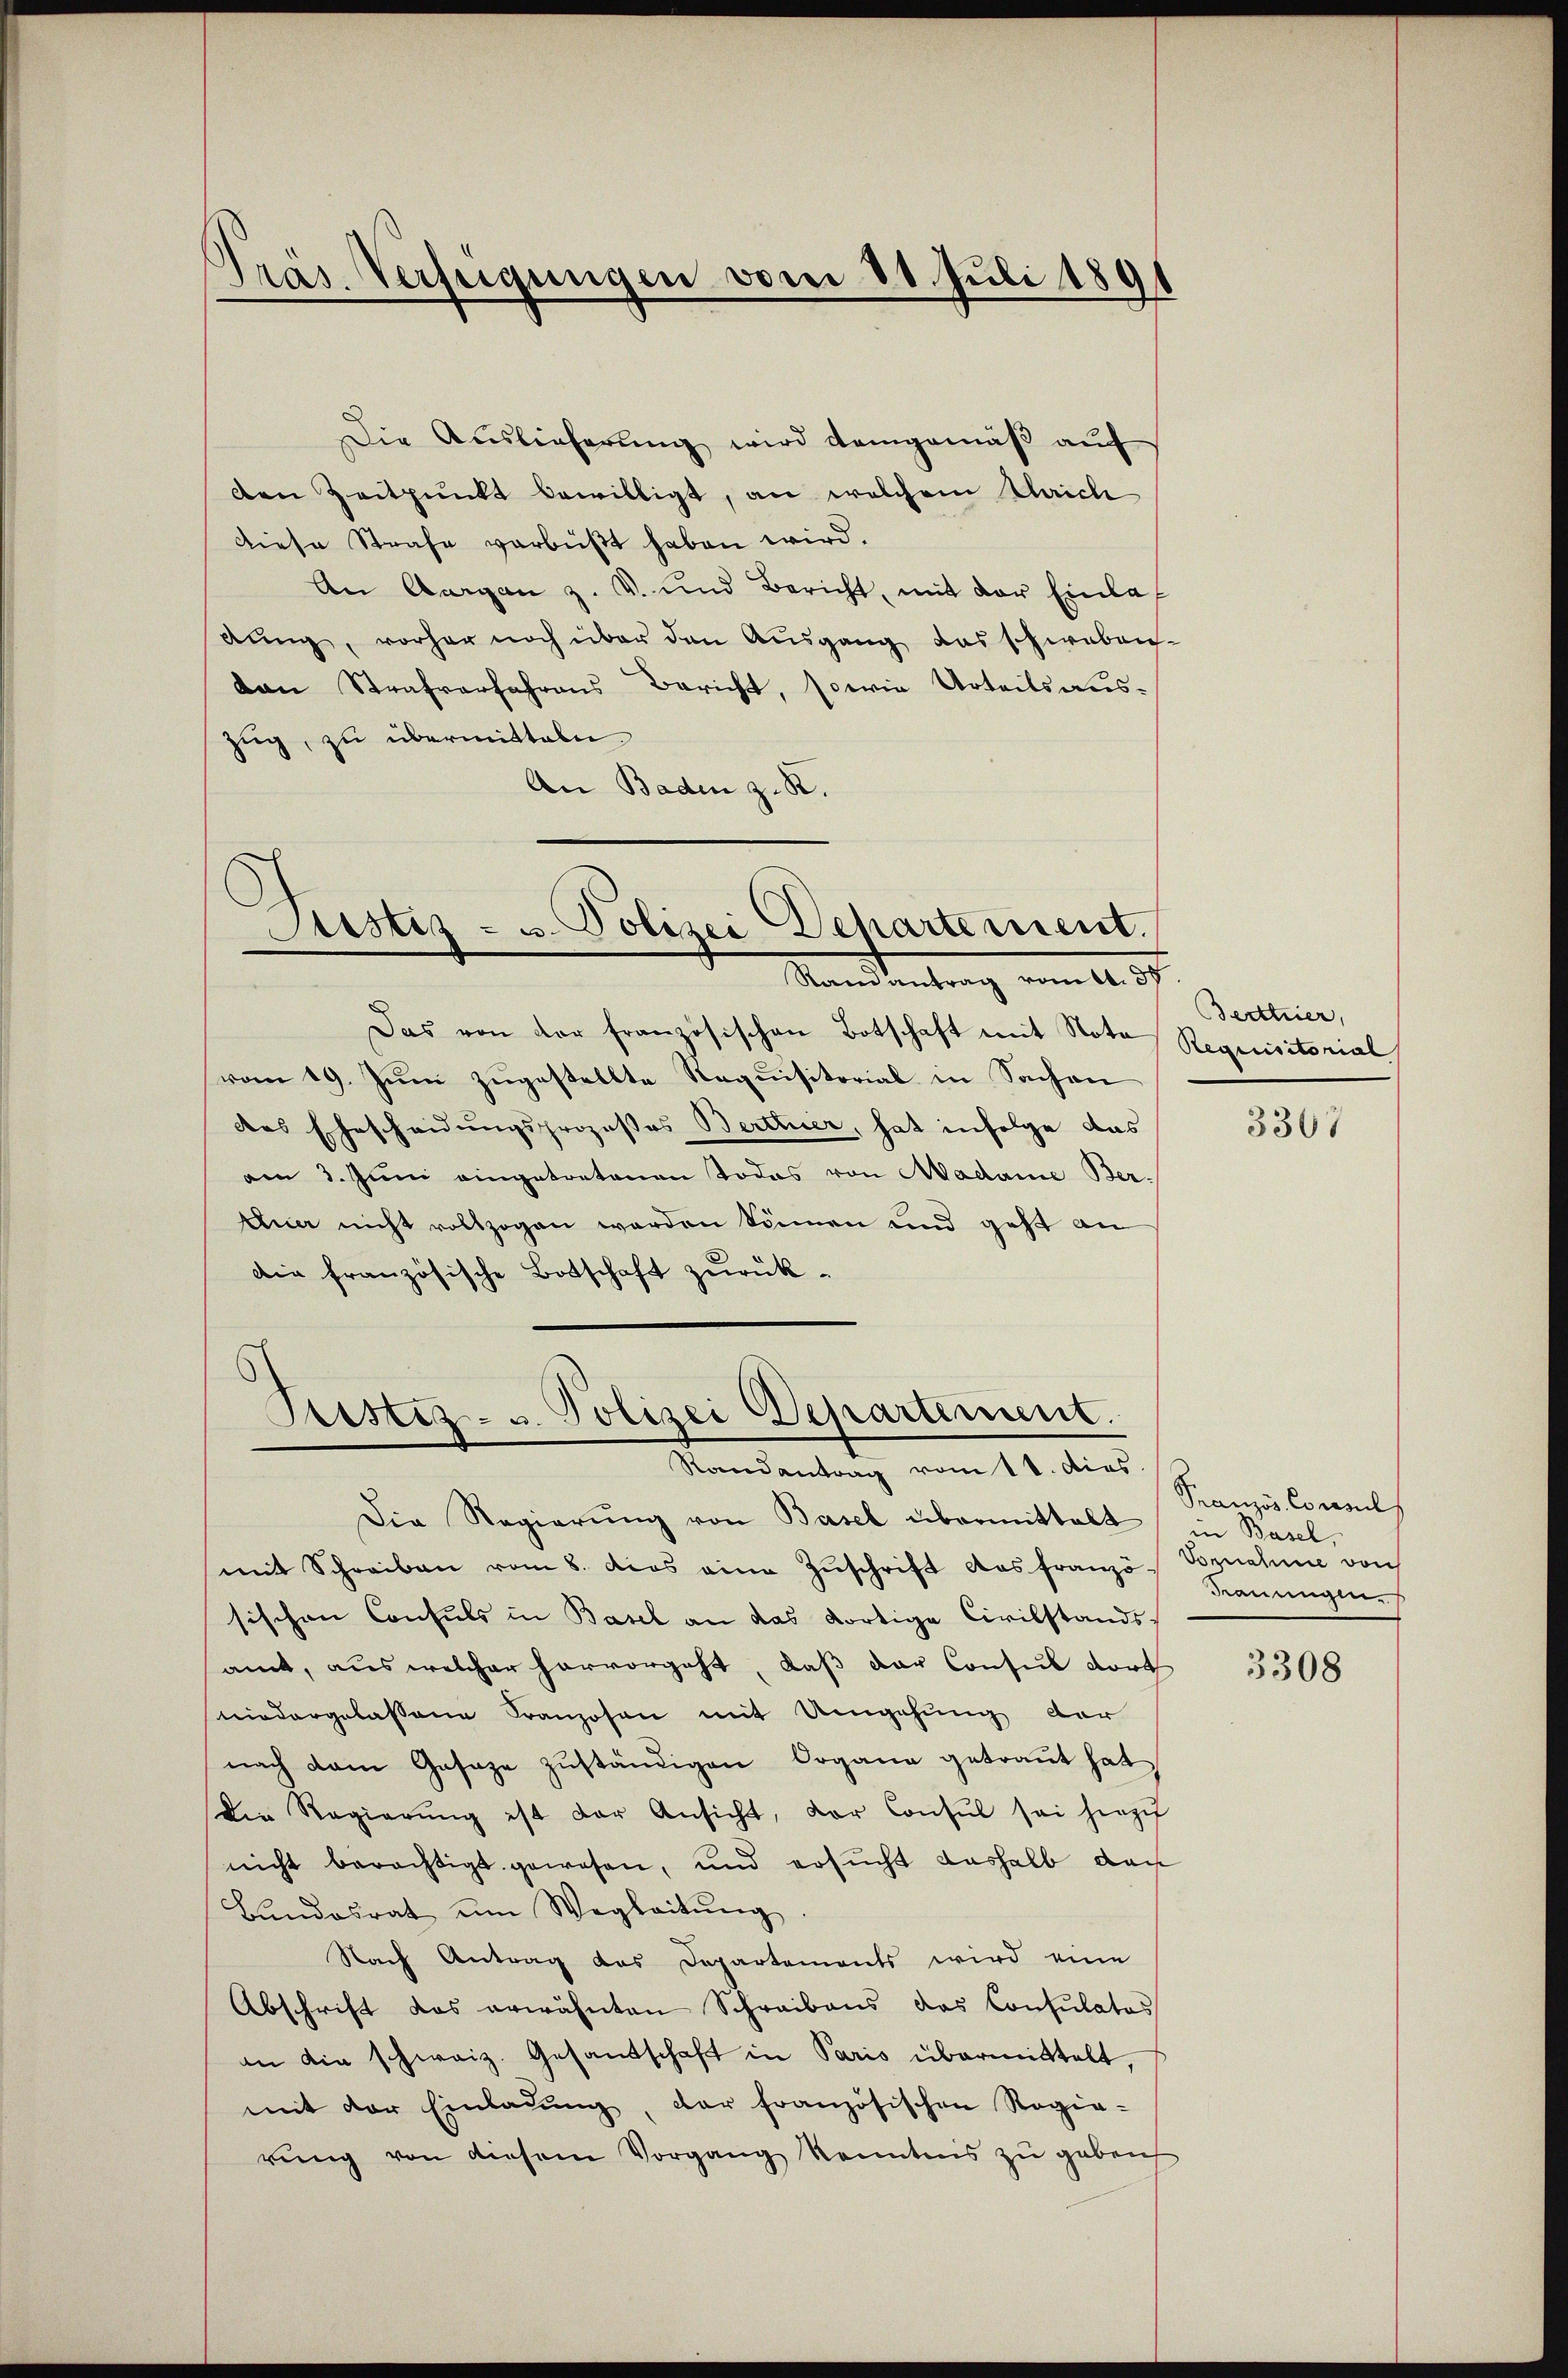
Pras. Verfügungen vom 31. Juli 1891

Die Auslieferŭng wird demgemäβ aŭf
den Zeitpunkt bewilligt, an welchem Mich
Diese Strafe verbüßt haben wird.
An Aargau z. V. und Bericht, mit der Einladung, vorher noch über den Ausgang das schweben-
an Strafverfahrens Bericht, sowie Urteils aus-
zug, zu übermitteln.
An Baden z. R.

Justiz- u. Polizei Departement.
Randantrag vom 11. 37

Das von der französischen Botschaft mit Nota
vom 19. Juni zugestellte Requisitorial in Sachen
das Ehescheidungsprozesses Berttuer, hat infolge das
am 3. Juni eingetretenen Todes von Madame Ber¬
Una nicht vollzogen werden können und geht an
Die französische Botschaft zurück¬

Tristiz- u. Polizei Departement.
Randantrag vom 11. dies

Die Regierŭng von Basel übermittelt in Basel,
mit Schreiben vom 8. dies eine Zŭschrift das franzö-Bznahme von
sischen Consuls in Basel an das dortige Civilstandsamt, aus welcher hervorgeht, daß der Consul dort
niedergelassene Franzosen mit Umgehung der
nach dem Gesage zuständigen Organe getraut hat,
Die Regierŭng ist der Ansicht, der Consul sei hiezŭ
nicht berechtigt gewesen, und ersucht deshalb das
Bundesrat um Wegleitŭng
Nach Antrag das Departements wird eine
Abschrift das erwähnten Schreibens das Consulatos
an die schweiz. Gesandschaft in Paris übermittelt,
mit der Einladŭng, der französischen Regie-
rung von diesem Vorgang konntens zu geben

Berttner,
Requisitorial

3307

Pranzös. Concil
dauungen.

3308